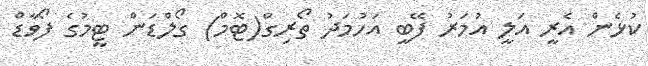
ކުޅެން އެރީ އަލީ އުމަރު ފޭބީ އަހުމަދު ތޯރިގް(ޓޮމް) ގޯލްޑަން ޓީމުގެ ފޯވާޑް